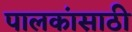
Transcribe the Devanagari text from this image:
पालकांसाठी